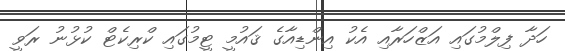
ހަދާ ފިލްމުގައި އަޒްހަރާއި އެކު އިންޑިއާގެ ޤައުމީ ޓީމުގައި ކްރިކެޓް ކުޅުނު ރަވީ